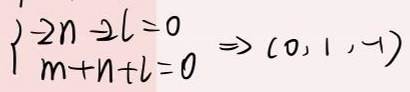
\begin{cases}
2n - 2l = 0 \\
m + n + l = 0
\end{cases}
\Rightarrow (0, 1, -1)